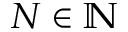
N \in \mathbb N